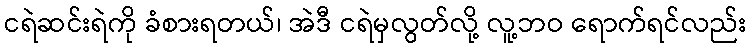
ငရဲဆင်းရဲကို ခံစားရတယ်၊ အဲဒီ ငရဲမှလွတ်လို့ လူ့ဘဝ ရောက်ရင်လည်း